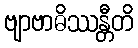
ဗျာဗာဓိဿန္တီတိ